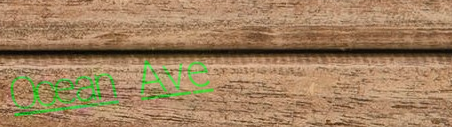
Ocean Ave